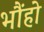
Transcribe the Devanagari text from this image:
भौंहो